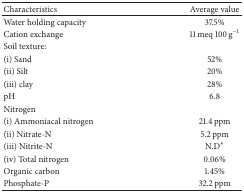
<table><thead><tr><td><b>Characteristics</b></td><td><b>Average value</b></td></tr></thead><tbody><tr><td>Water holding capacity</td><td>37.5%</td></tr><tr><td>Cation exchange</td><td>11 meq 100 g<sup>−1</sup></td></tr><tr><td>Soil texture:</td><td> </td></tr><tr><td> (i) Sand</td><td>52%</td></tr><tr><td> (ii) Silt</td><td>20%</td></tr><tr><td> (iii) clay</td><td>28%</td></tr><tr><td>pH</td><td>6.8 </td></tr><tr><td>Nitrogen</td><td> </td></tr><tr><td> (i) Ammoniacal nitrogen</td><td>21.4 ppm</td></tr><tr><td> (ii) Nitrate-N</td><td>5.2 ppm</td></tr><tr><td> (iii) Nitrite-N</td><td>N.D<sup>*</sup></td></tr><tr><td> (iv) Total nitrogen</td><td>0.06%</td></tr><tr><td>Organic carbon</td><td>1.45%</td></tr><tr><td>Phosphate-P</td><td>32.2 ppm</td></tr></tbody></table>